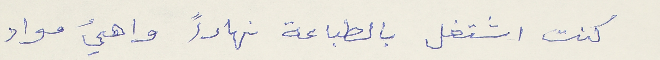
كنت اشتغل بالطباعة نهاراً واهيء مواد